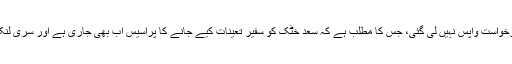
آج تک سری لنکن حکومت سے کئی گئی وہ درخواست واپس نہیں لی گئی، جس کا مطلب ہے کہ سعد خٹک کو سفیر تعینات کیے جانے کا پراسیس اب بھی جاری ہے اور سری لنکن حکومت کی رضامندی کا انتظار ہو رہا ہے۔